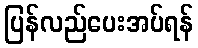
ပြန်လည်ပေးအပ်ရန်